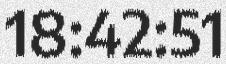
18:42:51